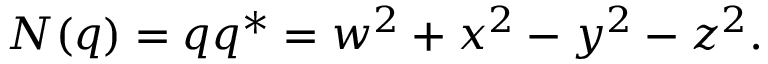
N ( q ) = q q ^ { * } = w ^ { 2 } + x ^ { 2 } - y ^ { 2 } - z ^ { 2 } .